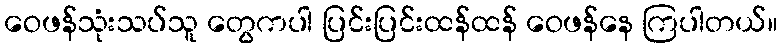
ဝေဖန်သုံးသပ်သူ တွေကပါ ပြင်းပြင်းထန်ထန် ဝေဖန်နေ ကြပါတယ်။